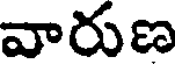
వారుణ